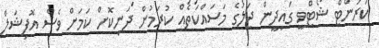
ކަރަންޓް ޝޯޓްވީ ގައިދީން ޖަލުގެ މަސައްކަތެއް ކުރަމުން ދަނިކޮށް ކަމަށް ވެސް އޮފިޝަލް